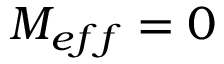
M _ { e f f } = 0